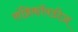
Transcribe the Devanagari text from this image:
लंब्रिकॉयडीज़